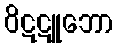
ဝိဋဋူဘော